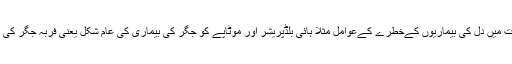
سائنسدان نے اس تعلق کی وضاحت میں دل کی بیماریوں کےخطرے کےعوامل مثلا ہائی بلڈپریشر اور موٹاپے کو جگر کی بیماری کی عام شکل یعنی فربہ جگر کی بیماری کے ساتھ منسلک کیا ہے۔